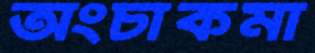
অংচাকমা